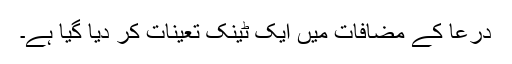
درعا کے مضافات میں ایک ٹینک تعینات کر دیا گیا ہے۔